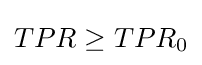
TPR\geq TPR_{0}